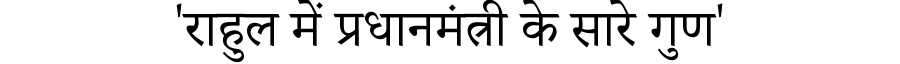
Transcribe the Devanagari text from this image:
'राहुल में प्रधानमंत्री के सारे गुण'